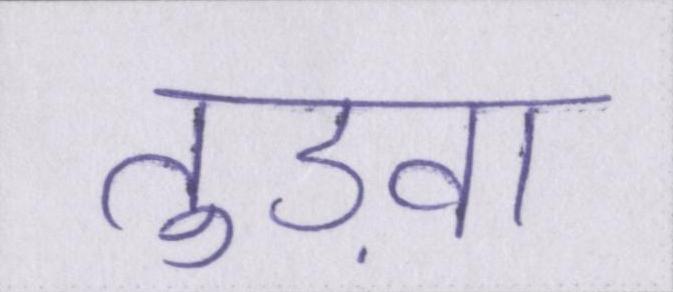
तुड़वा